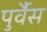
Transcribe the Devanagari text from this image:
पुर्वैस